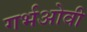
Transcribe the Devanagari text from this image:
गर्भओवी